Civil Veterinary Department Bihar & Orissa reports 1929-36 - 1929-1936
Year: 1929
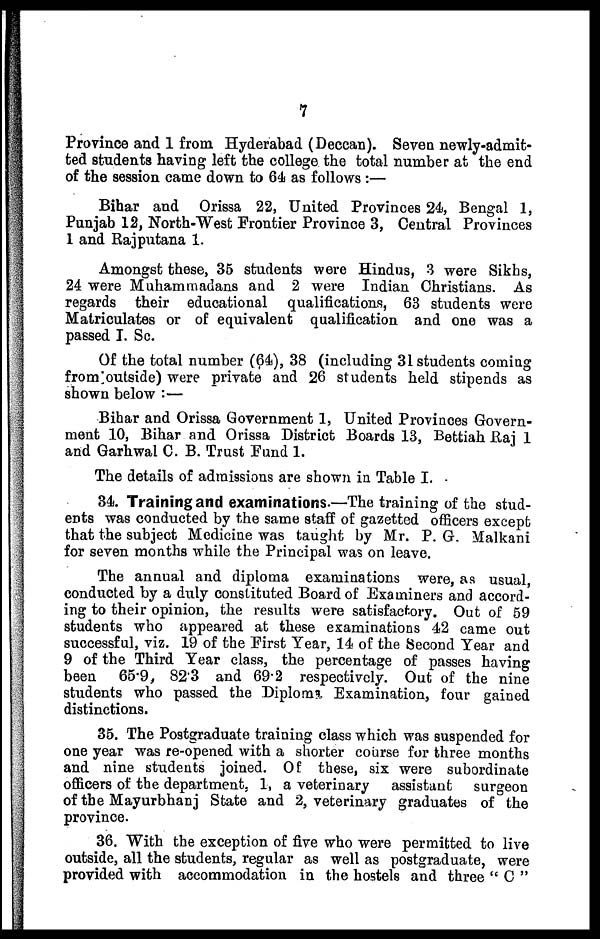
7
Province and 1 from Hyderabad (Deccan). Seven newly-admit-
ted students having left the college the total number at the end
of the session came down to 64 as follows :—
Bihar and Orissa 22, United Provinces 24, Bengal 1,
Punjab 12, North-West Frontier Province 3, Central Provinces
1 and Rajputana 1.
Amongst these, 35 students were Hindus, 3 were Sikhs,
24 were Muhammadans and 2 were Indian Christians. As
regards their educational qualifications, 63 students were
Matriculates or of equivalent qualification and one was a
passed I. Sc.
Of the total number (64), 38 (including 31 students coming
from outside) were private and 26 students held stipends as
shown below :—
Bihar and Orissa Government 1, United Provinces Govern-
ment 10, Bihar and Orissa District Boards 13, Bettiah Raj 1
and Garhwal C. B. Trust Fund 1.
The details of admissions are shown in Table I.
34. Training and examinations.—The training of the stud-
ents was conducted by the same staff of gazetted officers except
that the subject Medicine was taught by Mr. P. G. Malkani
for seven months while the Principal was on leave.
The annual and diploma examinations were, as usual,
conducted by a duly constituted Board of Examiners and accord-
ing to their opinion, the results were satisfactory. Out of 59
students who appeared at these examinations 42 came out
successful, viz. 19 of the First Year, 14 of the Second Year and
9 of the Third Year class, the percentage of passes having
been
65.9, 823 and 69.2 respectively. Out of the nine
students who passed the Diploma Examination, four gained
distinctions.
35. The Postgraduate training class which was suspended for
one year was re-opened with a shorter course for three months
and nine students joined. Of these, six were subordinate
officers of the department. 1, a veterinary
assistant
surgeon
of the Mayurbhanj State and 2, veterinary graduates of the
province.
36. With the exception of five who were permitted to live
outside, all the students, regular as well as postgraduate, were
provided with accommodation in the hostels and three " C "